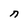
Character: n